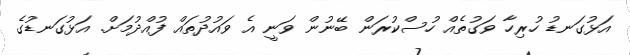
އަޅުގަނޑު ހުރިހާ ވަގުތެއް ހުސްކުރަން ބޭނުން ވަނީ އެ ވައުދުތައް ފުއްދުމަށް. އަޅުގަނޑުގެ